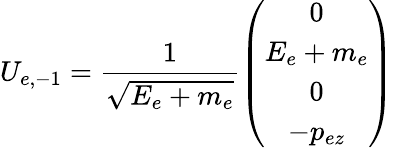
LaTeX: U_{e,-1}=\frac{1}{\sqrt{E_{e}+m_{e}}}\left(\begin{array}{c}{{0}}\\ {{E_{e}+m_{e}}}\\ {{0}}\\ {{-p_{ez}}}\end{array}\right)